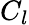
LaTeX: C_{l}